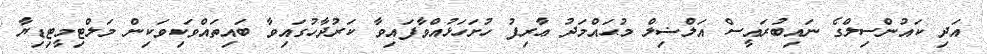
އަދި ކައުންސިލްގެ ނައިބުރައީސް އަލްޟިލް މުޙައްމަދު ޢާރިފު ހުށަހަޅުއްވާފައިވާ ކަރުދާހުގައިވާ ބައިތައްވަކިވަކިން މަލްޓިމީޓިޑިޔާ